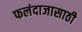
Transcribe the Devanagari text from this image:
फलंदाजासाठी